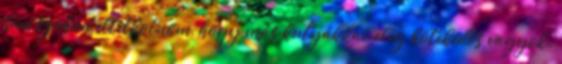
sem szabad eltitkolnom, hogy más kutyákkal elég kötekedős vagyok.